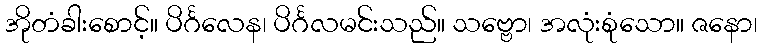
အိုတံခါးစောင့်။ ပိင်္ဂလေန၊ ပိင်္ဂလမင်းသည်။ သဗ္ဗော၊ အလုံးစုံသော။ ဇနော၊